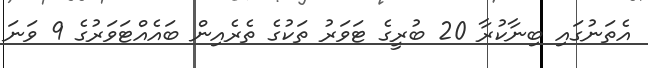
އެތަނުގައި ބިނާކުރާ 20 ބުރީގެ ޓަވަރު ތަކުގެ ތެރެއިން ބައެއްޓަވަރުގެ 9 ވަނަ